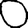
Digit: 0